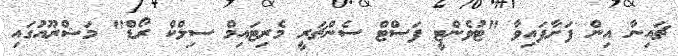
ޗައިނާ އިން ފަށާފައިވާ "ޓުވެންޓީ ފަސްޓް ސެންޗަރީ މެރިޓައިމް ސިލްކް ރޯޑް" މަޝްރޫއުގައި